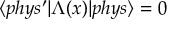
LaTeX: \langle p h y s ^ { \prime } | \Lambda ( x ) | p h y s \rangle = 0